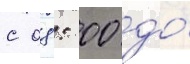
с 08: 00 до́